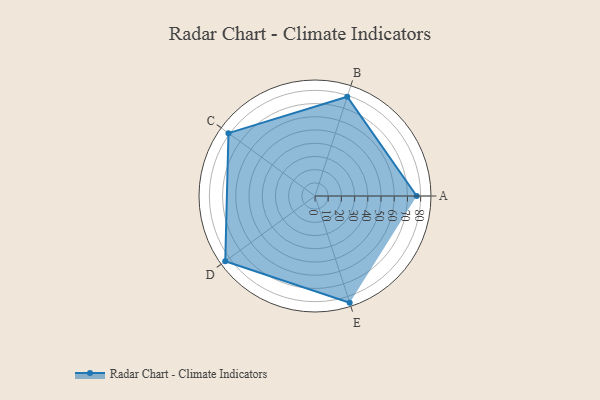
{"axis": {"x": "Skill", "y": "Score"}, "legend": ["Profile"], "data": [{"x": "A", "y": 77.0, "type": "Profile"}, {"x": "B", "y": 79.0, "type": "Profile"}, {"x": "C", "y": 81.0, "type": "Profile"}, {"x": "D", "y": 84.0, "type": "Profile"}, {"x": "E", "y": 85.0, "type": "Profile"}]}